DOW-UAP-D19, Mission Report, Syria, February 21, 2023
Agency: Department of War
Incident date: 2/21/23
Incident location: Syria
Page 6
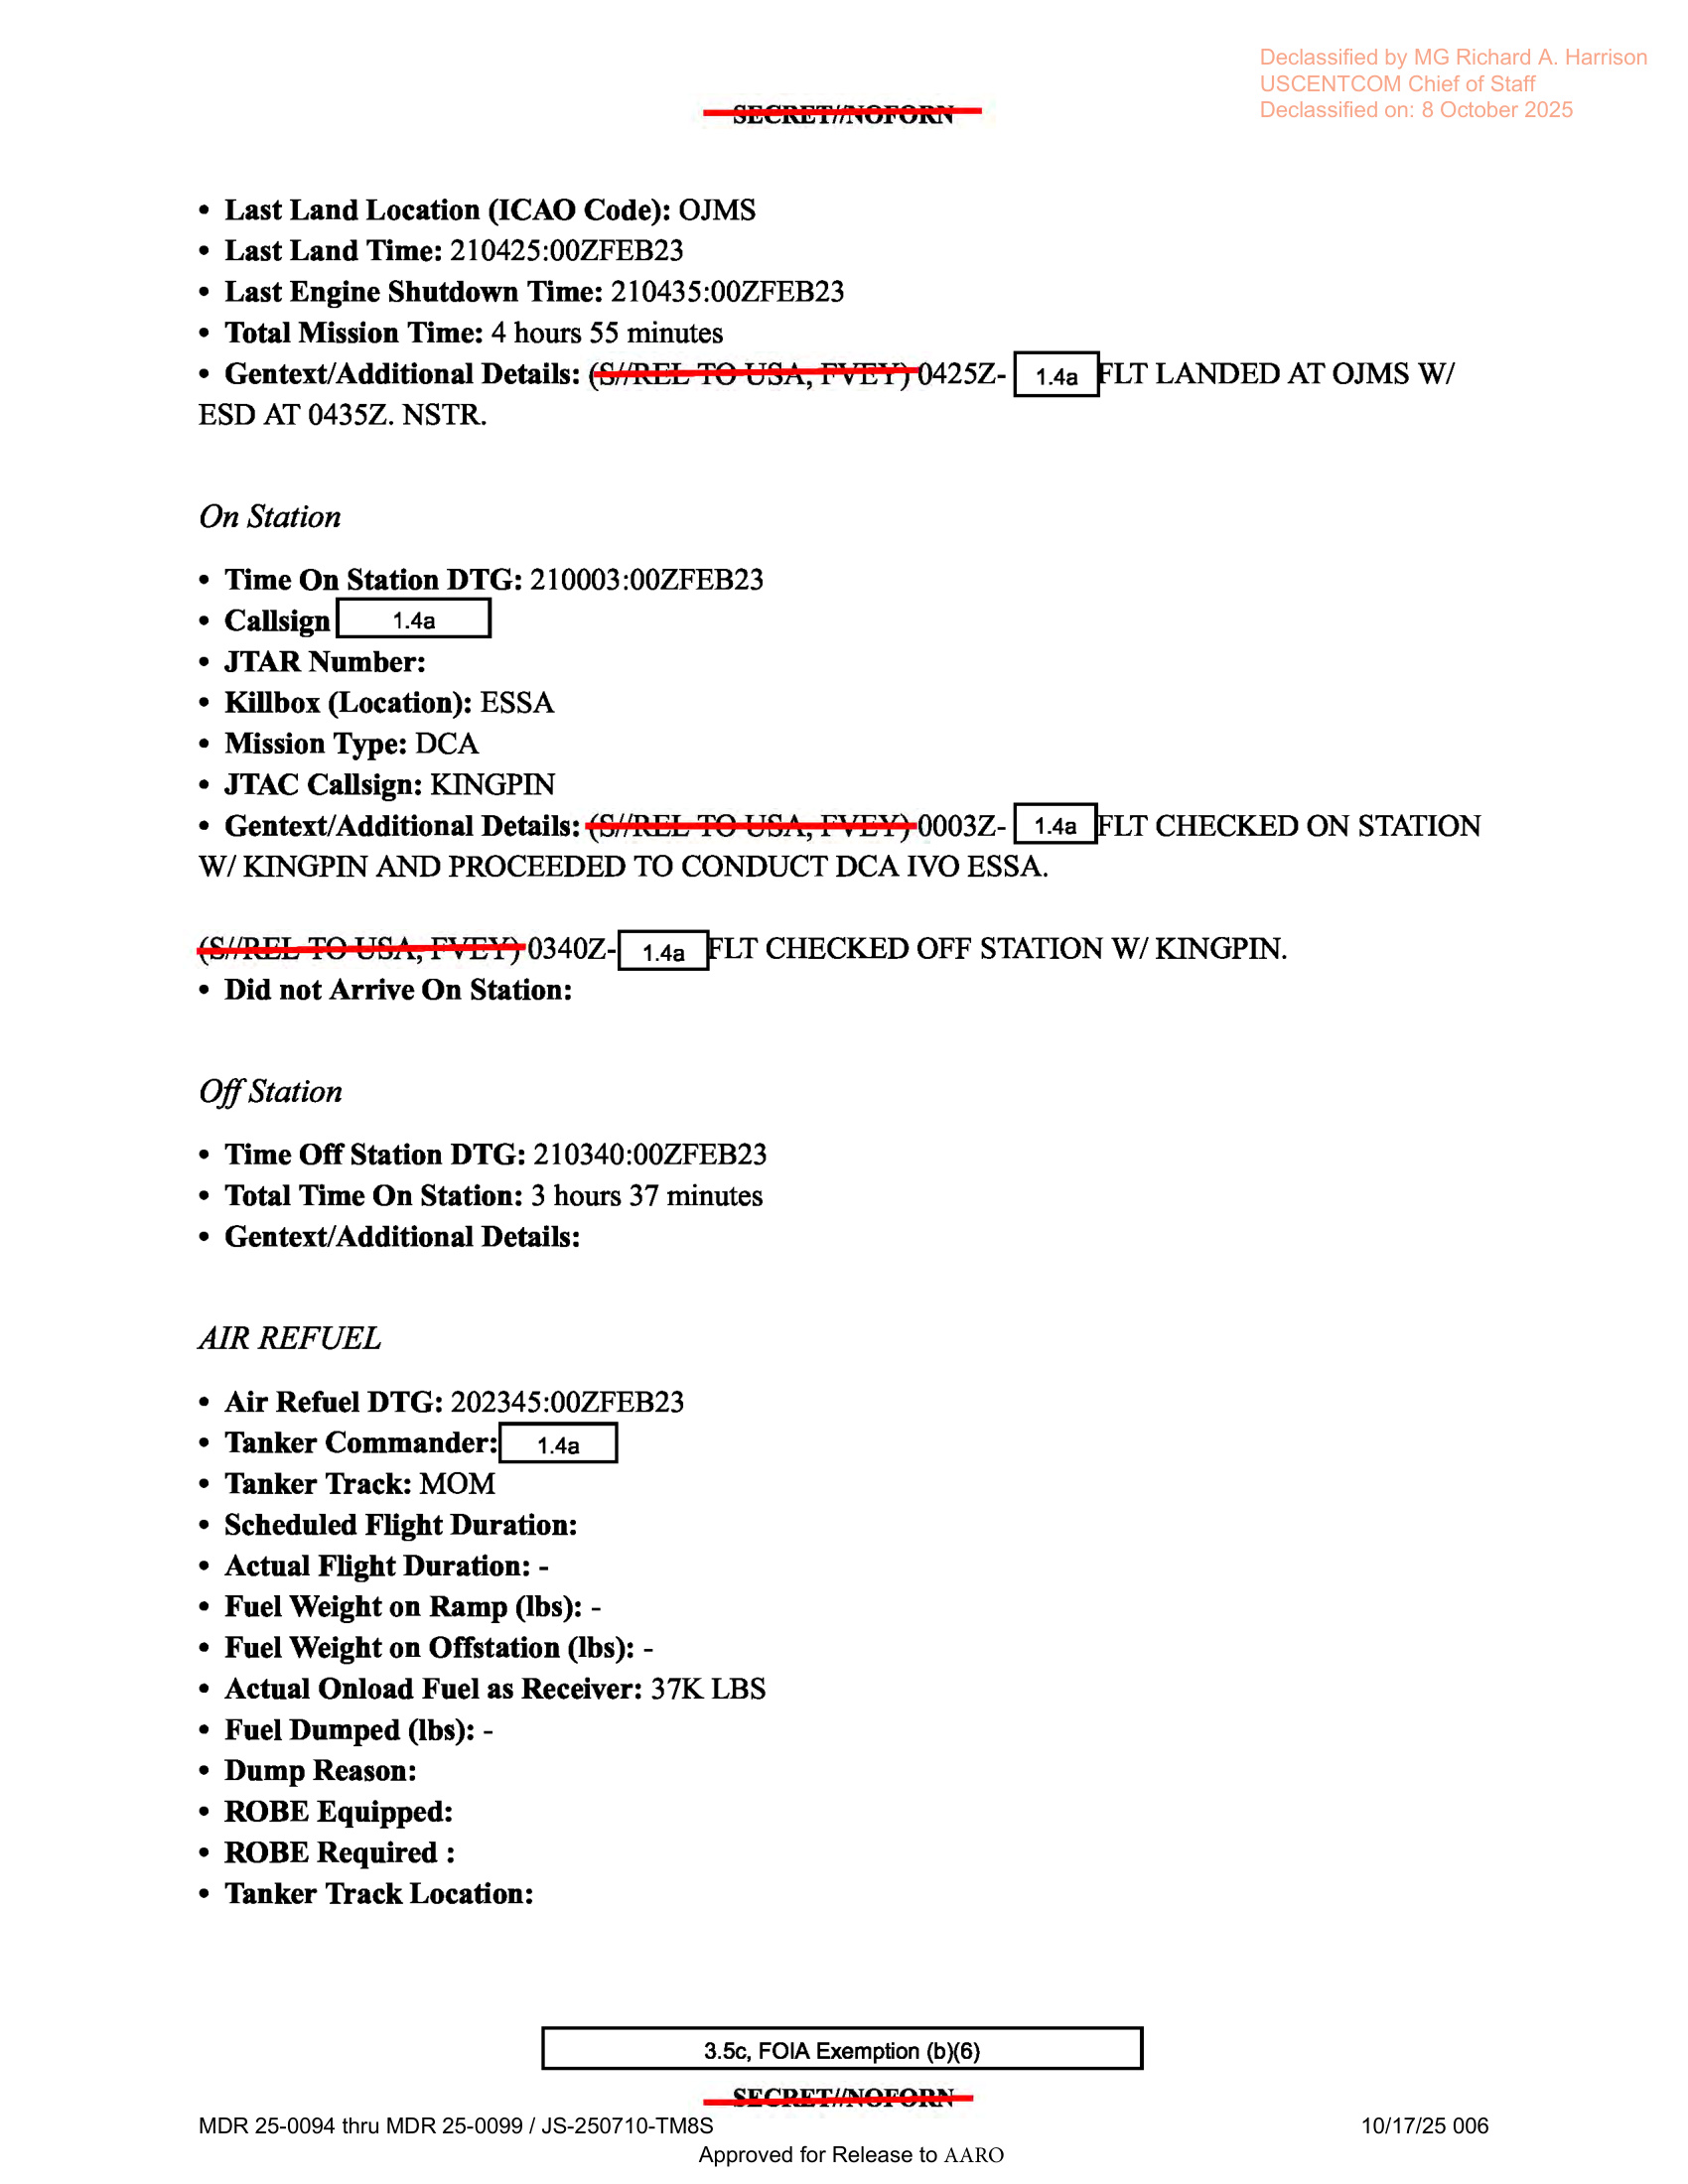